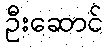
ဦးဆောင်